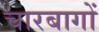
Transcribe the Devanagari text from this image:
चारबागों